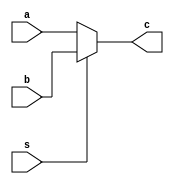
module MUX32 (
    input [31:0] a, b,
    input s,
    output [31:0] c
);
    assign c = ( s == 1'b0 ) ? a : b;
endmodule